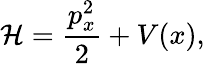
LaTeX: \mathcal{H}=\frac{p_{x}^{2}}{2}+V(x),